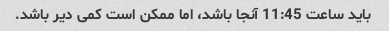
باید ساعت 11:45 آنجا باشد، اما ممکن است کمی دیر باشد.